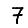
Digit: 7